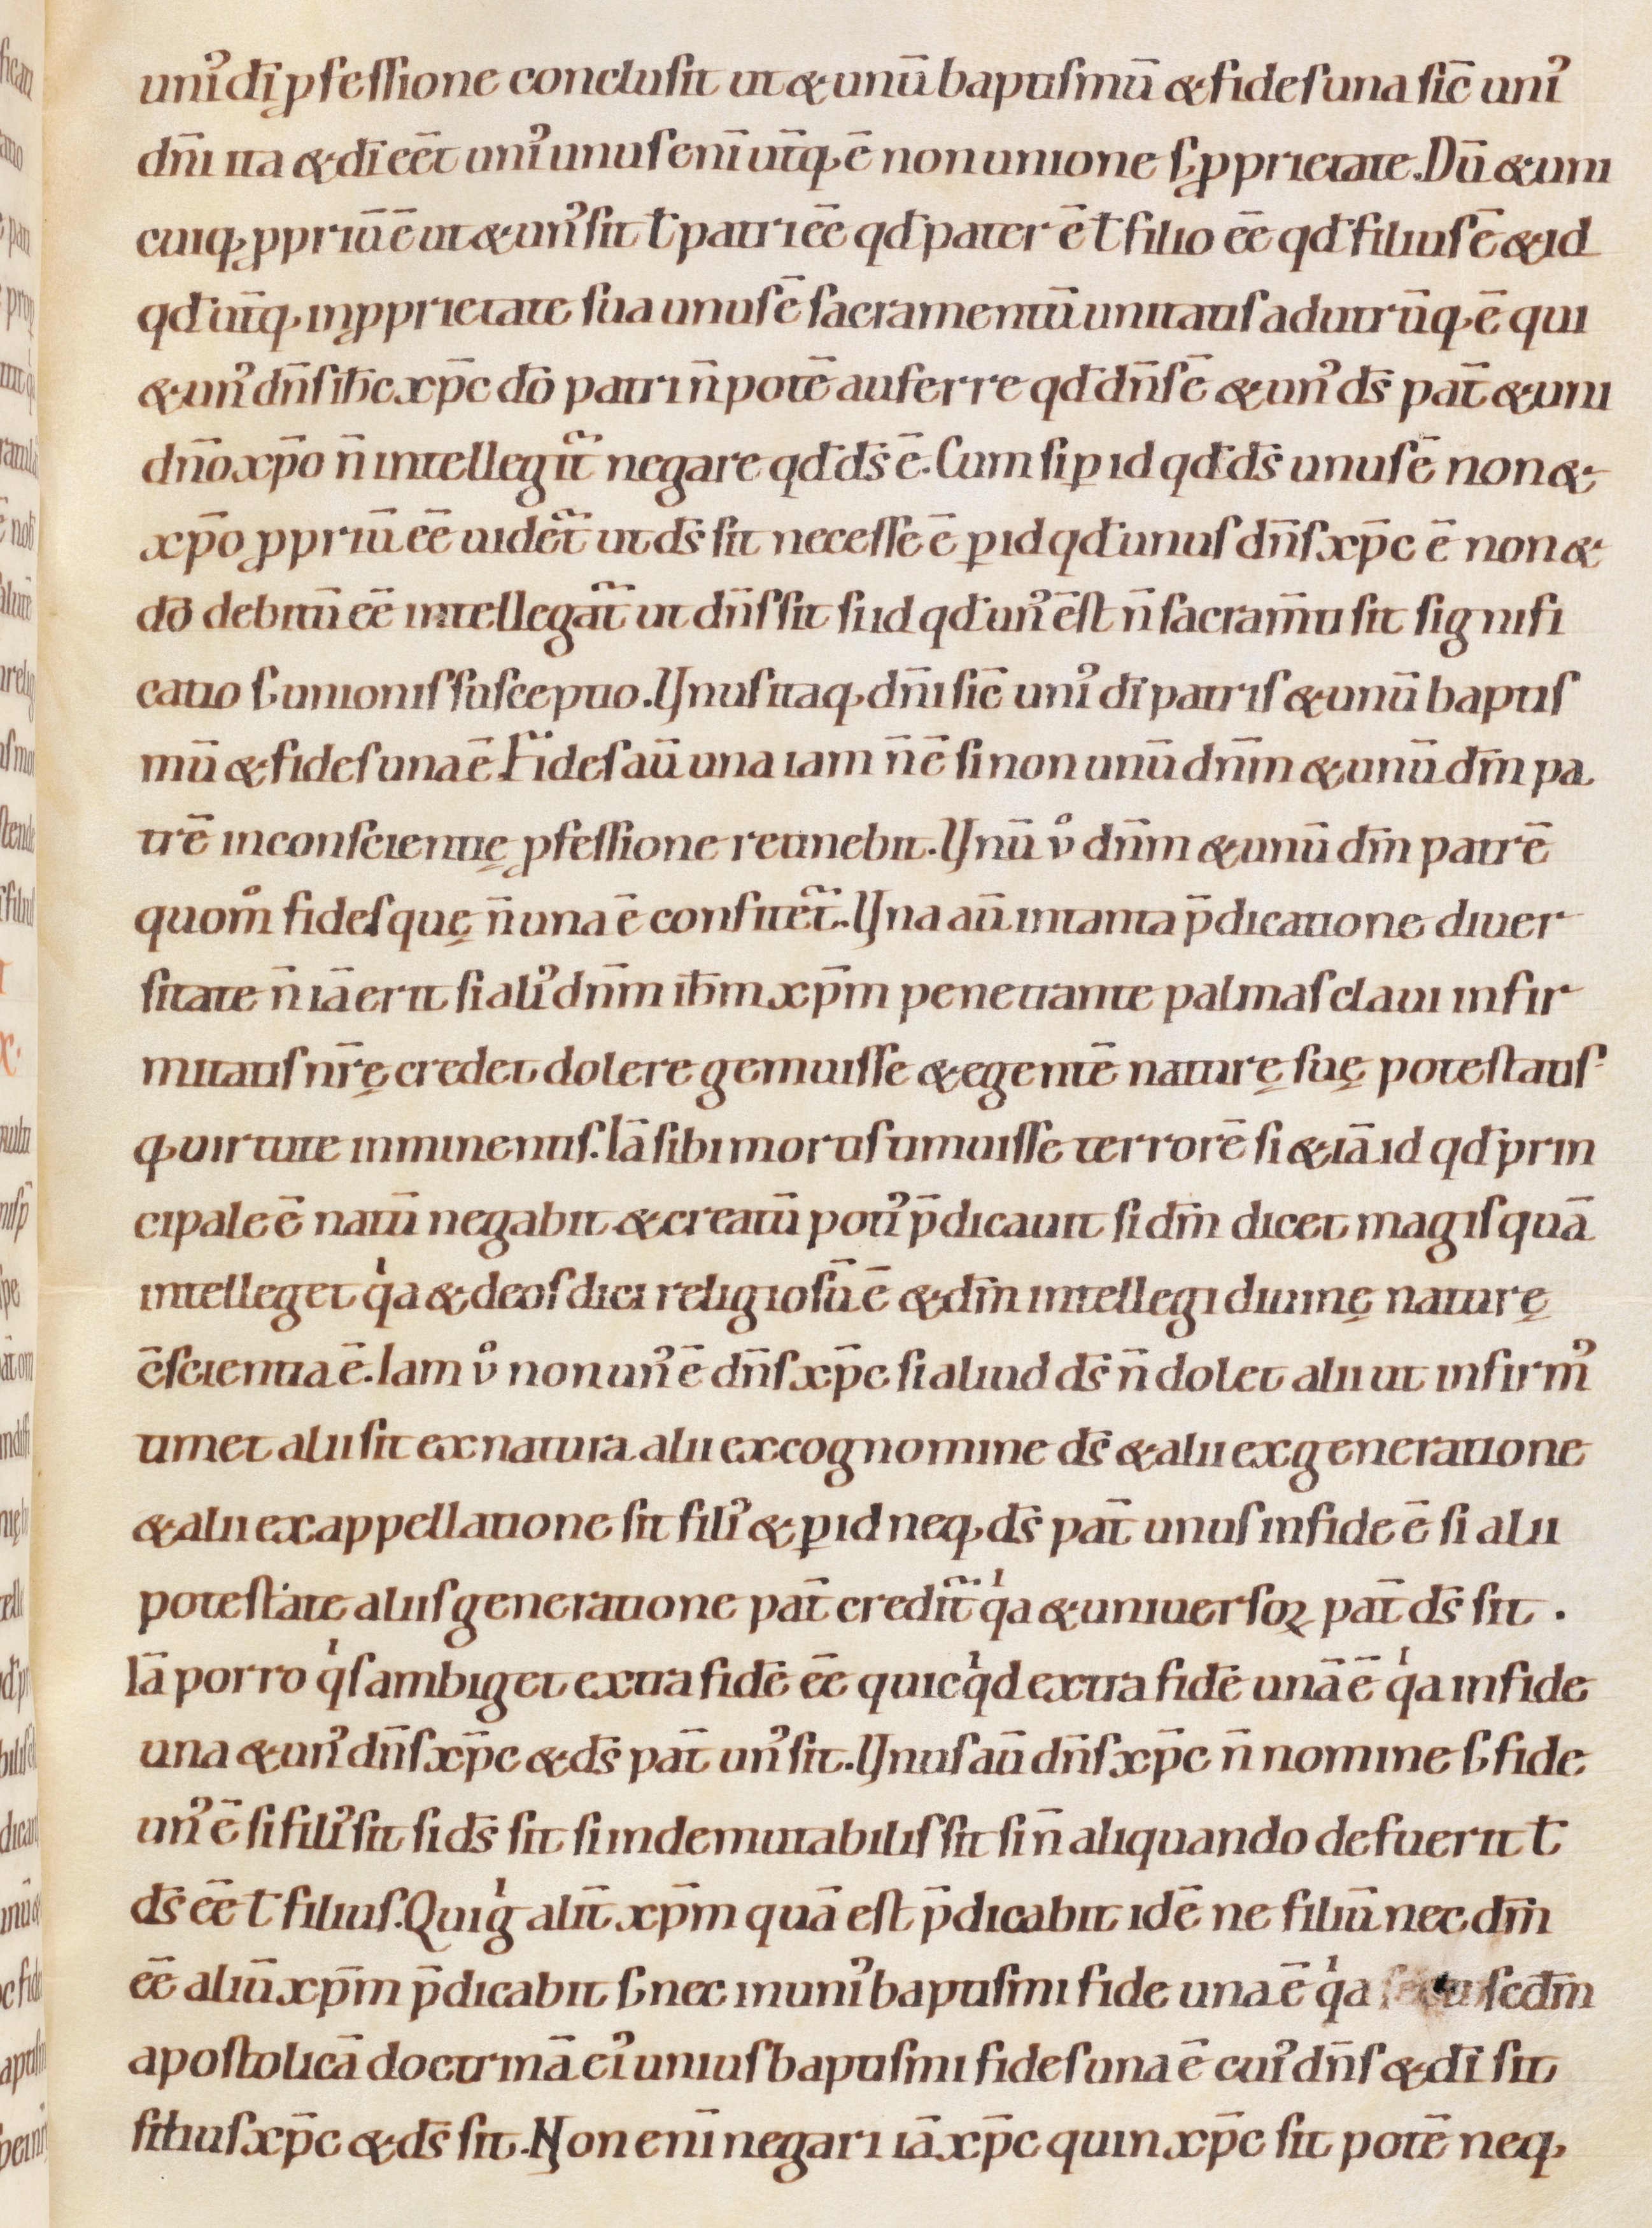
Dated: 1080–1096